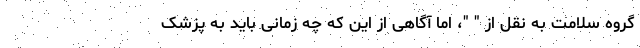
گروه سلامت به نقل از " "، اما آگاهی از این که چه زمانی باید به پزشک